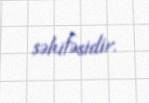
səhifəsidir.